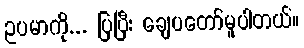
ဥပမာကို... ပြပြီး ချေပတော်မူပါတယ်။